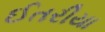
ઈતરીયા